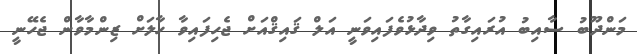
މަންދޫބު ސާއިބު އުރައިގާތު ވިދާޅުވެފައިވަނީ އަލް ޤައިޤްއަށް ޖެހިފައިވާ ހާލަށް ޒިންމާވާން ޖެހޭނީ